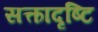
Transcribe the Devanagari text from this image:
सत्कादृष्टि